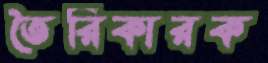
তৈরিকারক